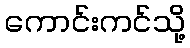
ကောင်းကင်သို့